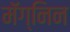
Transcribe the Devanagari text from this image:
मॅग्निन